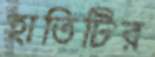
হাতিটির